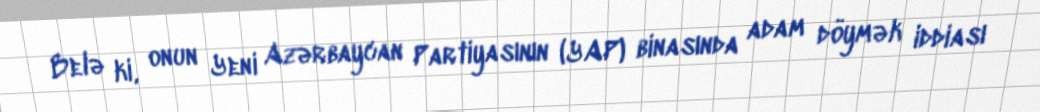
Belə ki, onun Yeni Azərbaycan Partiyasının (YAP) binasında adam döymək iddiası